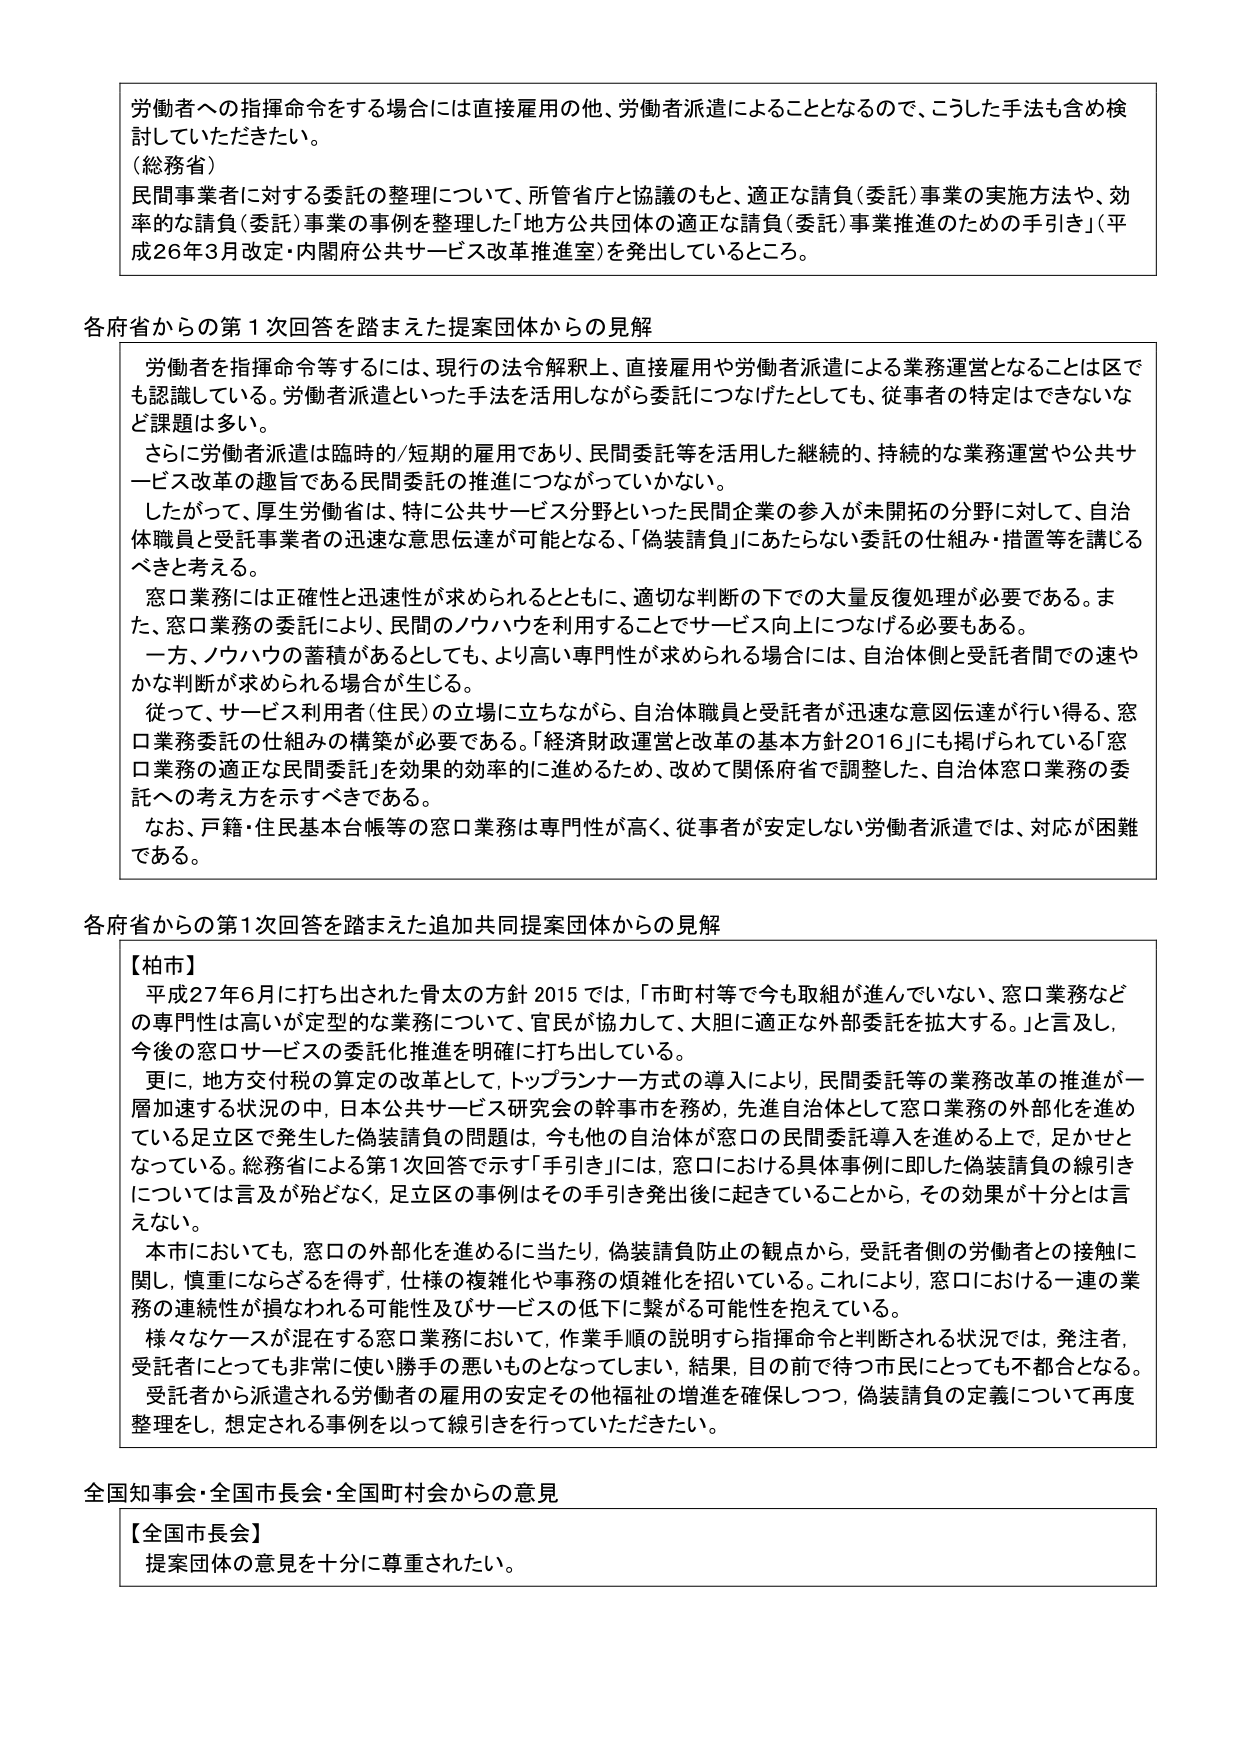
労働者への指揮命令をする場合には直接雇用の他、労働者派遣によることとなるので、こうした手法も含め検討していただきたい。
（総務省）
民間事業者に対する委託の整理について、所管省庁と協議のもと、適正な請負（委託）事業の実施方法や、効率的な請負（委託）事業の事例を整理した「地方公共団体の適正な請負（委託）事業推進のための手引き」（平成26年3月改定・内閣府公共サービス改革推進室）を発出しているところ。

各府省からの第1次回答を踏まえた提案団体からの見解
　労働者を指揮命令等するには、現行の法令解釈上、直接雇用や労働者派遣による業務運営となることは区でも認識している。労働者派遣といった手法を活用しながら委託につなげたとしても、従事者の特定はできないなど課題は多い。
　さらに労働者派遣は臨時的/短期的雇用であり、民間委託等を活用した継続的、持続的な業務運営や公共サービス改革の趣旨である民間委託の推進につながっていかない。
　したがって、厚生労働省は、特に公共サービス分野といった民間企業の参入が未開拓の分野に対して、自治体職員と受託事業者の迅速な意思伝達が可能となる、「偽装請負」にあたらない委託の仕組み・措置等を講じるべきと考える。
　窓口業務には正確性と迅速性が求められるとともに、適切な判断の下での大量反復処理が必要である。また、窓口業務の委託により、民間のノウハウを利用することでサービス向上につなげる必要もある。
　一方、ノウハウの蓄積があるとしても、より高い専門性が求められる場合には、自治体側と受託者間での速やかな判断が求められる場合が生じる。
　従って、サービス利用者（住民）の立場に立ちながら、自治体職員と受託者が迅速な意図伝達が行い得る、窓口業務委託の仕組みの構築が必要である。「経済財政運営と改革の基本方針2016」にも掲げられている「窓口業務の適正な民間委託」を効果的効率的に進めるため、改めて関係府省で調整した、自治体窓口業務の委託への考えを示すべきである。
　なお、戸籍・住民基本台帳等の窓口業務は専門性が高く、従事者が安定しない労働者派遣では、対応が困難である。

各府省からの第1次回答を踏まえた追加共同提案団体からの見解
【柏市】
　平成27年6月に打ち出された骨太の方針2015では、「市町村等で今も取組が進んでいない、窓口業務などの専門性は高いが定型的な業務について、官民が協力して、大胆に適正な外部委託を拡大する。」と言及し、今後の窓口サービスの委託化推進を明確に打ち出している。
　更に、地方交付税の算定の改革として、トップランナー方式の導入により、民間委託等の業務改革の推進が一層加速する状況の中、日本公共サービス研究会の幹事市を務め、先進自治体として窓口業務の外部化を進めている足立区で発生した偽装請負の問題は、今も他の自治体が窓口の民間委託導入を進める上で、足かせとなっている。総務省による第1次回答で示す「手引き」には、窓口における具体事例に即した偽装請負の線引きについては言及が殆どなく、足立区の事例はその手引き発出後に起きていることから、その効果が十分とは言えない。
　本市においても、窓口の外部化を進めるに当たり、偽装請負防止の観点から、受託者側の労働者との接触に関し、慎重にならざるを得ず、仕様の複雑化や事務の煩雑化を招いている。これにより、窓口における一連の業務の連続性が損なわれる可能性及びサービスの低下に繋がる可能性を抱えている。
　様々なケースが混在する窓口業務において、作業手順の説明すら指揮命令と判断される状況では、発注者、受託者にとっても非常に使い勝手の悪いものとなってしまい、結果、目の前で待つ市民にとっても不都合となる。
　受託者から派遣される労働者の雇用の安定その他福祉の増進を確保しつつ、偽装請負の定義について再度整理をし、想定される事例を以って線引きを行っていただきたい。

全国知事会・全国市長会・全国町村会からの意見
【全国市長会】
　提案団体の意見を十分に尊重されたい。